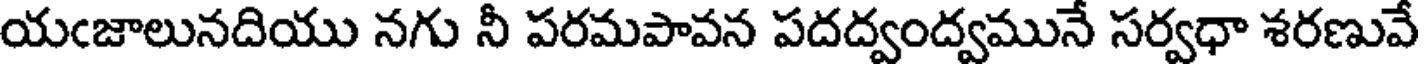
యఁజాలునదియు నగు నీ పరమపావన పదద్వంద్వమునే సర్వధా శరణువే